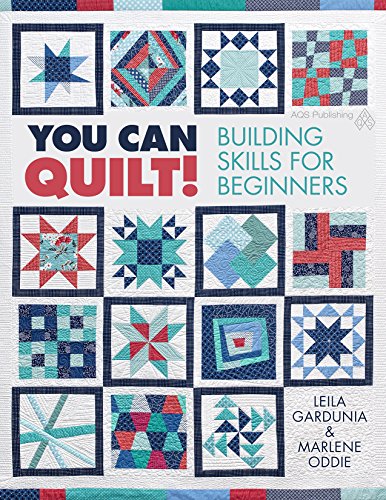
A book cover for You Can Quilt! Building Skills for Beginners; Gardunia; Crafts, Hobbies & Home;